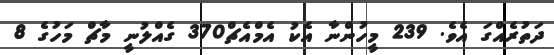
ދަތުރެއްގަ އެވެ. 239 މީހުންނާ އެކު އެމްއެޗް370 ގެއްލުނީ މާޗް މަހުގެ 8